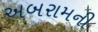
અબરામની